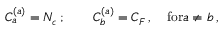
C _ { a } ^ { ( a ) } = N _ { c } \, ; \qquad C _ { b } ^ { ( a ) } = C _ { F } \, , \quad \mathrm { f o r } a \ne b \, ,